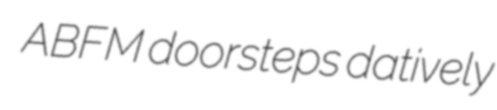
ABFM doorsteps datively